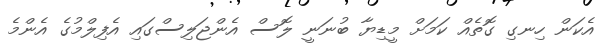
އެކަން ހިނގި ގޮތެއް ކަމަށް މީޑިޔާ ބުނަނީ ލޮސް އެންޖަލިސްގައި އެފިލްމުގެ އެންމެ